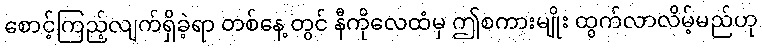
စောင့်ကြည့်လျက်ရှိခဲ့ရာ တစ်နေ့ တွင် နီကိုလေထံမှ ဤစကားမျိုး ထွက်လာလိမ့်မည်ဟု